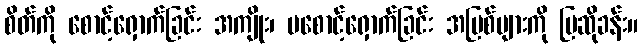
စိတ်ကို စောင့်ရှောက်ခြင်း အကျိုး၊ မစောင့်ရှောက်ခြင်း အပြစ်များကို ပြဆိုခန်း။